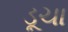
ડૂચા